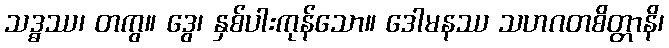
သဒ္ဓဿ၊ တကွ။ ဒွေ၊ နှစ်ပါးကုန်သော။ ဒေါမနဿ သဟဂတစိတ္တာနိ၊